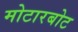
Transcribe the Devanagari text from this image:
मोटारबोट